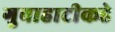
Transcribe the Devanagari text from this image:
गुवाहाटीकडे